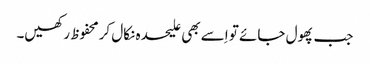
جب پھول جائے تو اِسے بھی علیحدہ نکال کرمحفوظ رکھیں۔